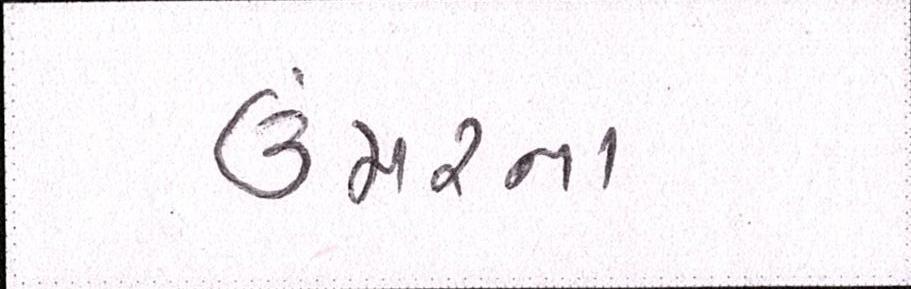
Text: ઉંમરના